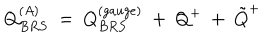
Q _ { B R S } ^ { ( A ) } ~ = ~ Q _ { B R S } ^ { ( g a u g e ) } ~ + ~ Q ^ { + } ~ + ~ { \tilde { Q } } ^ { + }